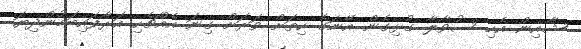
ޝާއިން އެހި ސުވާލާ ގުޅިގެން އޭނަގެ ހިތަށް ވަރަށް ގިނަ އެއްޗެހި އަރާފައިބަމުންދިޔަ